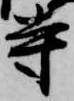
寺